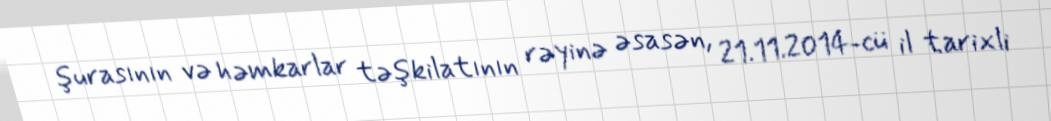
şurasının və həmkarlar təşkilatının rəyinə əsasən, 21.11.2014-cü il tarixli